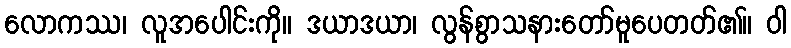
လောကဿ၊ လူအပေါင်းကို။ ဒယာဒယာ၊ လွန်စွာသနားတော်မူပေတတ်၏။ ဝါ